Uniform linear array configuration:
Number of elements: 4
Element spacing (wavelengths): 0.5
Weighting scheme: binomial
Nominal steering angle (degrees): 45
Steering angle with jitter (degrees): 43.074
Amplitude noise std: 0.05
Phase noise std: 0.05

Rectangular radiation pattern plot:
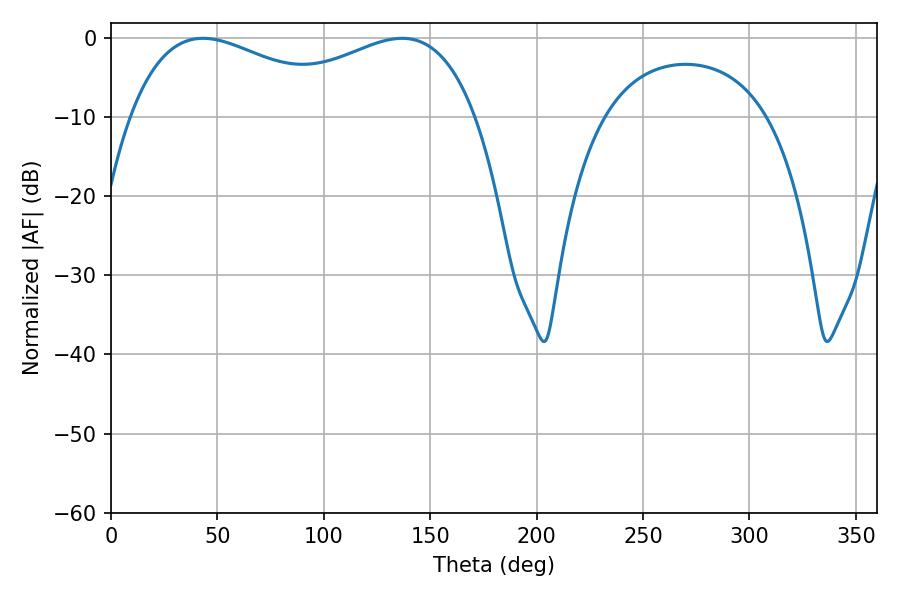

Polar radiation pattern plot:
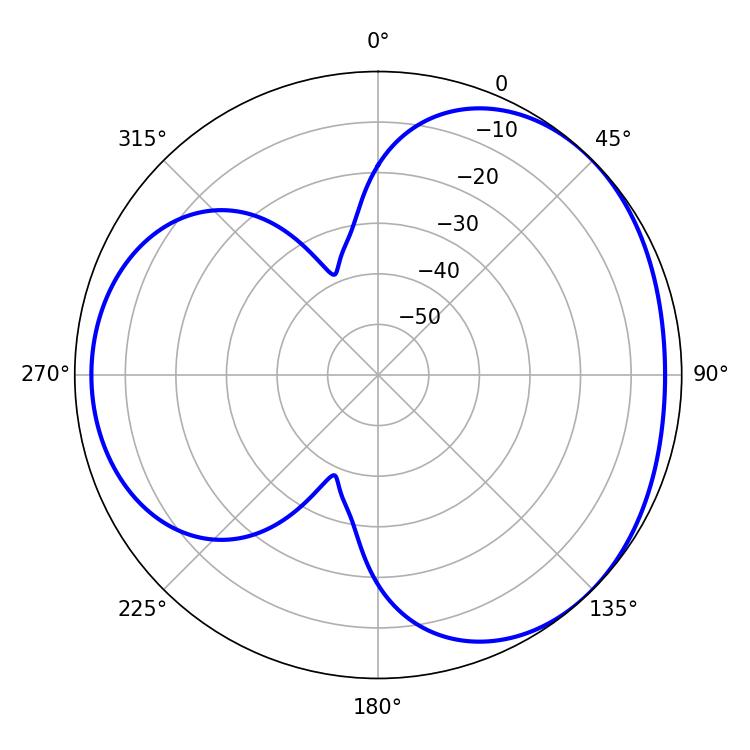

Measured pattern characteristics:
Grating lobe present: FALSE
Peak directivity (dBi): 3.302
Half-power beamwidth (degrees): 58.14
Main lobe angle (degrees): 43.2